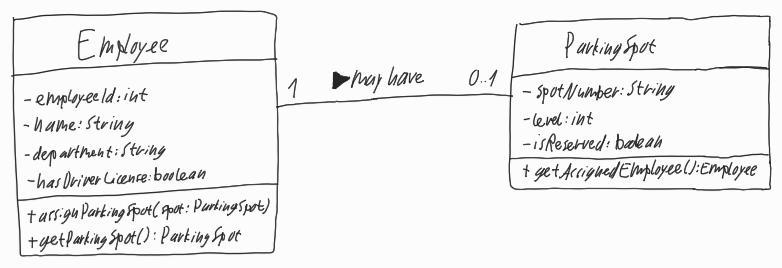
Diagram type: class_diagram
```plantuml
@startuml

left to right direction

class Employee {
  - employeeId: int
  - name: String
  - department: String
  - hasDriverLicense: boolean
  + assignParkingSpot(spot: ParkingSpot)
  + getParkingSpot(): ParkingSpot
}

class ParkingSpot {
  - spotNumber: String
  - level: int
  - isReserved: boolean
  + getAssignedEmployee(): Employee
}

Employee "1" -- "0..1" ParkingSpot : may have >

@enduml
```